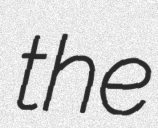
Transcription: the